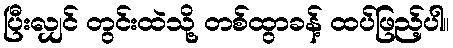
ပြီးလျှင် တွင်းထဲသို့ တစ်ထွာခန့် ထပ်ဖြည့်ပါ။